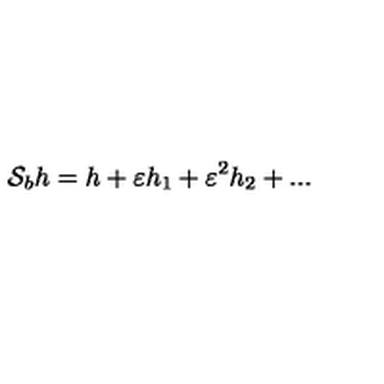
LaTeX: { \cal S } _ { b } h = h + \varepsilon h _ { 1 } + \varepsilon ^ { 2 } h _ { 2 } + . . .